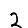
Digit: 2